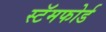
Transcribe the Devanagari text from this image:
स्टॅमफोर्ड